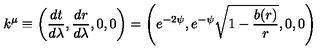
k ^ { \mu } \equiv \left( \frac { d t } { d \lambda } , \frac { d r } { d \lambda } , 0 , 0 \right) = \left( e ^ { - 2 \psi } , e ^ { - \psi } \sqrt { 1 - \frac { b ( r ) } { r } } , 0 , 0 \right)